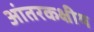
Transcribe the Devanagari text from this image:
आंतरकक्षीय